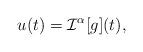
LaTeX: \begin{align*} u(t) = \mathcal{I}^{\alpha}[g](t),\end{align*}